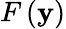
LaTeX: F\left(\mathbf{y}\right)